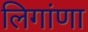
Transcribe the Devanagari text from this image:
लिगांणा